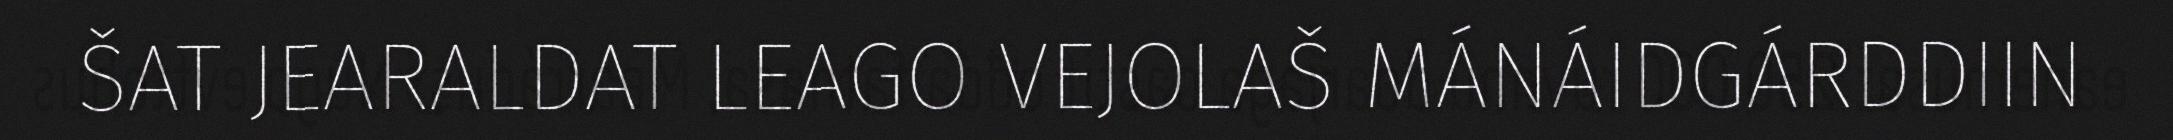
ŠAT JEARALDAT LEAGO VEJOLAŠ MÁNÁIDGÁRDDIIN